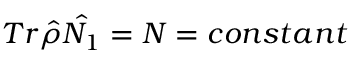
T r \hat { \rho } \hat { N _ { 1 } } = N = c o n s t a n t